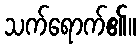
သက်ရောက်၏။